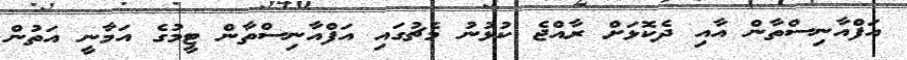
އަފްއާނިސްތާން އާއި ދެކޮޅަށް ރާއްޖެ ކުޅުނު މެޗުގައި އަފްއާނިސްތާން ޓީމުގެ އަމާނީ އަތުން